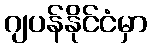
ဂျပန်နိုင်ငံမှာ